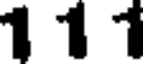
1 1 1